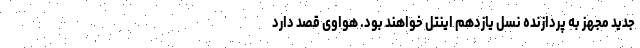
جدید مجهز به پردازنده نسل یازدهم اینتل خواهند بود. هواوی قصد دارد